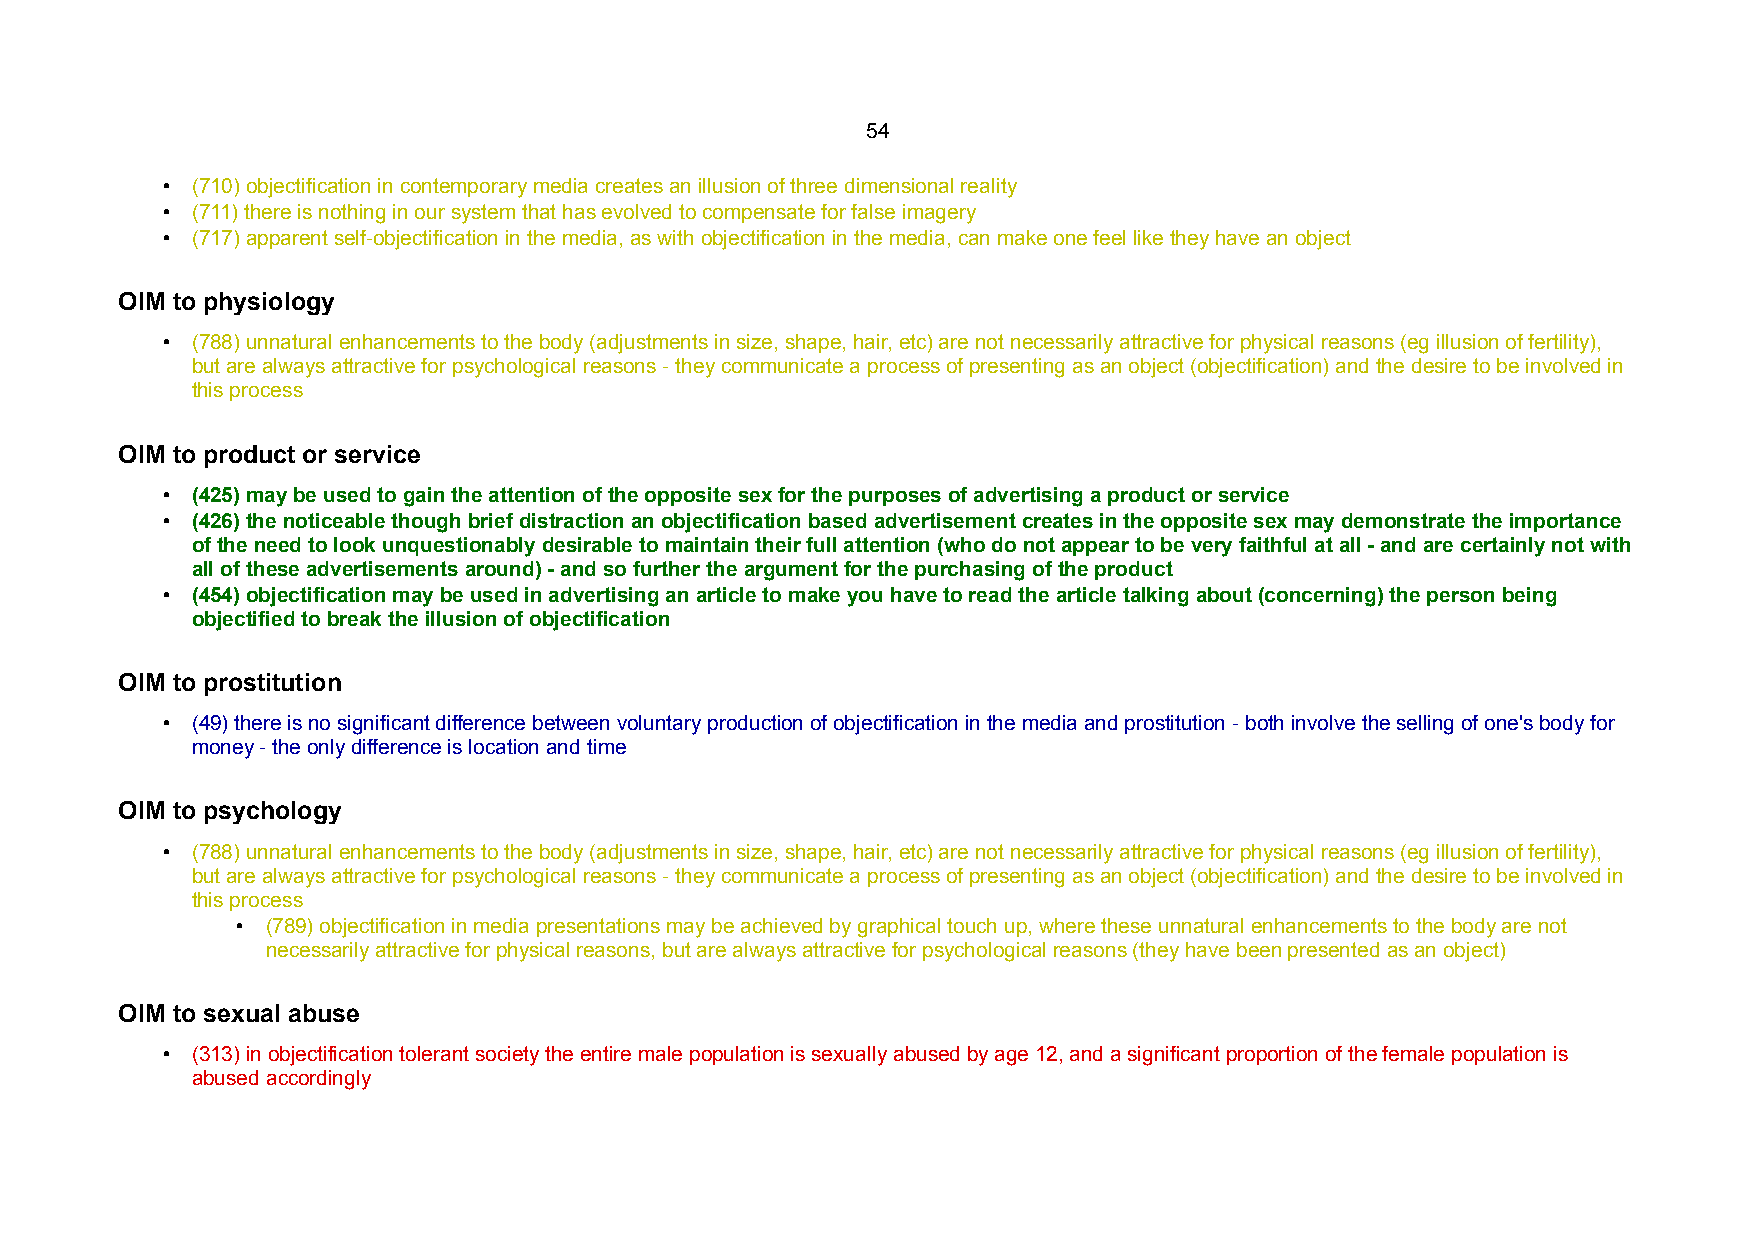
54
 • (710) objectification in contemporary media creates an illusion of three dimensional reality
 • (711) there is nothing in our system that has evolved to compensate for false imagery
 • (717) apparent self-objectification in the media, as with objectification in the media, can make one feel like they have an object
 OIM to physiology
 • (788) unnatural enhancements to the body (adjustments in size, shape, hair, etc) are not necessarily attractive for physical reasons (eg illusion of fertility),
 but are always attractive for psychological reasons - they communicate a process of presenting as an object (objectification) and the desire to be involved in
 this process
 OIM to product or service
 • (425) may be used to gain the attention of the opposite sex for the purposes of advertising a product or service
 • (426) the noticeable though brief distraction an objectification based advertisement creates in the opposite sex may demonstrate the importance
 of the need to look unquestionably desirable to maintain their full attention (who do not appear to be very faithful at all - and are certainly not with
 all of these advertisements around) - and so further the argument for the purchasing of the product
 • (454) objectification may be used in advertising an article to make you have to read the article talking about (concerning) the person being
 objectified to break the illusion of objectification
 OIM to prostitution
 • (49) there is no significant difference between voluntary production of objectification in the media and prostitution - both involve the selling of one's body for
 money - the only difference is location and time
 OIM to psychology
 • (788) unnatural enhancements to the body (adjustments in size, shape, hair, etc) are not necessarily attractive for physical reasons (eg illusion of fertility),
 but are always attractive for psychological reasons - they communicate a process of presenting as an object (objectification) and the desire to be involved in
 this process
 • (789) objectification in media presentations may be achieved by graphical touch up, where these unnatural enhancements to the body are not
 necessarily attractive for physical reasons, but are always attractive for psychological reasons (they have been presented as an object)
 OIM to sexual abuse
 • (313) in objectification tolerant society the entire male population is sexually abused by age 12, and a significant proportion of the female population is
 abused accordingly